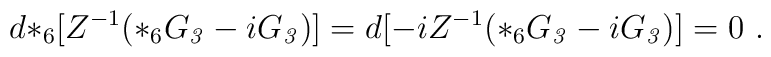
d {*_6} [ Z^{-1} ( *_6 G_{\it 3} - i  G_{\it 3})] = d [-i Z^{-1} ( *_6 G_{\it 3} - i  G_{\it 3})] = 0\ .